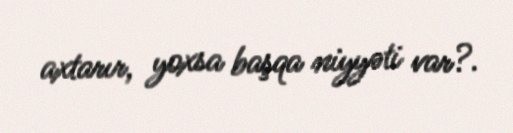
axtarır, yoxsa başqa niyyəti var?.